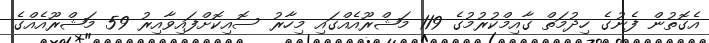
އެގޮތުން ފެނުގެ ހިދުމަތް ގާއިމްކުރުމުގެ 119 މަޝްރޫއެއްގައި މިހާރު ސޮއިކޮށްފައިވާއިރު 59 މަޝްރޫއެއްގެ